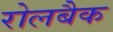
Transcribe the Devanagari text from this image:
रोलबैक